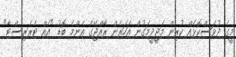
މީގެ ދުވަސްކޮޅެއް ކުރިން މަޖީދީމަގުން އަހަރެން ރާއްޖޭގެ އެންމެ ބޮޑު "އެއް ޓެރަރިސްޓާ"